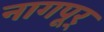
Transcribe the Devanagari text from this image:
नागपूर्